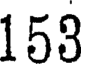
153